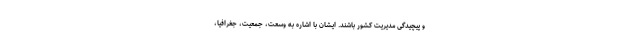
و پیچیدگی مدیریت کشور باشند. ایشان با اشاره به وسعت، جمعیت، جغرافیا،